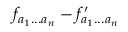
f _ { a _ { 1 } . . . a _ { n } } - f _ { a _ { 1 } . . . a _ { n } } ^ { \prime }